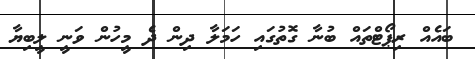
ބައެއް ރިޕޯޓްތައް ބުނާ ގޮތުގައި ހަމަލާ ދިން ދެ މީހުން ވަނީ ލީބިޔާ